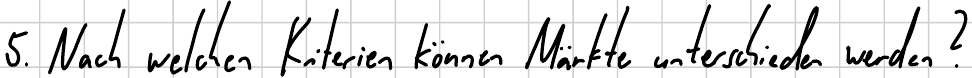
5. Nach welchen Kriterien können Märkte unterschieden werden?